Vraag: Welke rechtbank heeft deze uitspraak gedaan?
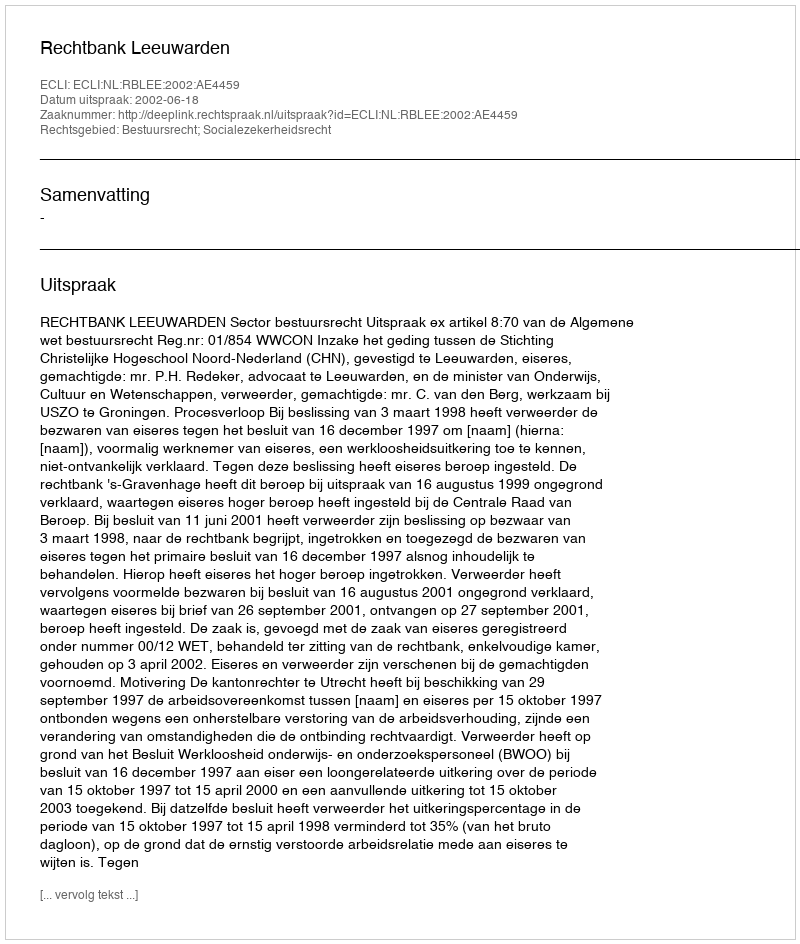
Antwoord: Rechtbank Leeuwarden